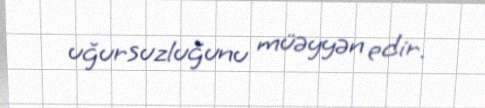
uğursuzluğunu müəyyən edir.